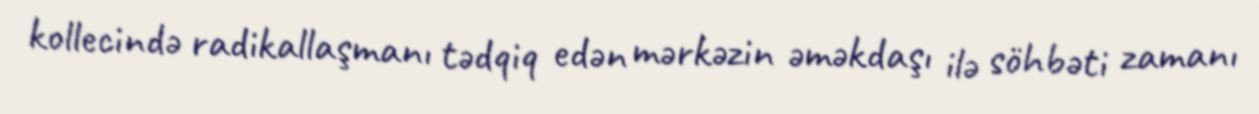
kollecində radikallaşmanı tədqiq edən mərkəzin əməkdaşı ilə söhbəti zamanı